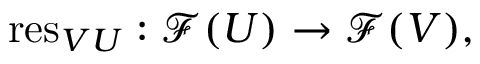
\mathrm { r e s } _ { V U } : { \mathcal { F } } ( U ) \to { \mathcal { F } } ( V ) ,